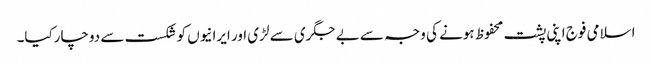
اسلامی فوج اپنی پشت محفوظ ہونے کی وجہ سے بے جگری سے لڑی اور ایرانیوں کو شکست سے دوچارکیا۔